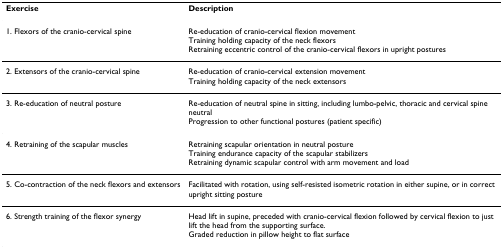
<table><thead><tr><td><b>Exercise</b></td><td><b>Description</b></td></tr></thead><tbody><tr><td>1. Flexors of the cranio-cervical spine</td><td>Re-education of cranio-cervical flexion movementTraining holding capacity of the neck flexorsRetraining eccentric control of the cranio-cervical flexors in upright postures</td></tr><tr><td>2. Extensors of the cranio-cervical spine</td><td>Re-education of cranio-cervical extension movementTraining holding capacity of the neck extensors</td></tr><tr><td>3. Re-education of neutral posture</td><td>Re-education of neutral spine in sitting, including lumbo-pelvic, thoracic and cervical spine neutralProgression to other functional postures (patient specific)</td></tr><tr><td>4. Retraining of the scapular muscles</td><td>Retraining scapular orientation in neutral postureTraining endurance capacity of the scapular stabilizersRetraining dynamic scapular control with arm movement and load</td></tr><tr><td>5. Co-contraction of the neck flexors and extensors</td><td>Facilitated with rotation, using self-resisted isometric rotation in either supine, or in correct upright sitting posture</td></tr><tr><td>6. Strength training of the flexor synergy</td><td>Head lift in supine, preceded with cranio-cervical flexion followed by cervical flexion to just lift the head from the supporting surface.Graded reduction in pillow height to flat surface</td></tr></tbody></table>